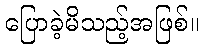
ပြောခဲ့မိသည့်အဖြစ်။